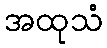
အထုသံ